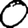
Digit: 0